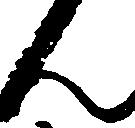
ん